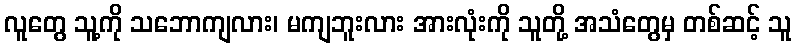
လူတွေ သူ့ကို သဘောကျလား၊ မကျဘူးလား အားလုံးကို သူတို့ အသံတွေမှ တစ်ဆင့် သူ